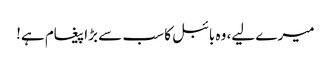
میرے لیے، وہ بائبل کا سب سے بڑا پیغام ہے!